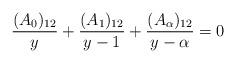
LaTeX: \begin{align*}\frac{(A_0)_{12}}{y}+\frac{(A_1)_{12}}{y-1}+\frac{(A_\alpha)_{12}}{y-\alpha}=0\end{align*}